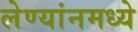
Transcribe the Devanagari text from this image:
लेण्यांनमध्ये